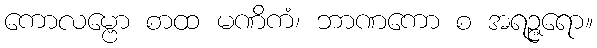
ကောလမ္ဗော စာထ မဏိကံ၊ ဘာဏကော စ အရဉ္ဇရော။